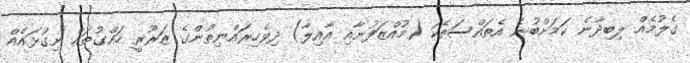
ގެލުމެއް ލިބިދާނެ ކަމަށްބުނެ އެތައްސަތޭކަ (މުއްޒަފުނާއި އާއިލާ) ދިވެހިރައްޔިތުންގެ ޒަރޫރީ ހައްގުތައް ނިގުޅައެއް